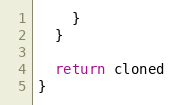
Language: JavaScript
    }
  }

  return cloned
}